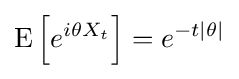
\operatorname {E} {\Big [}e^{i\theta X_{t}}{\Big ]}=e^{-t|\theta |}